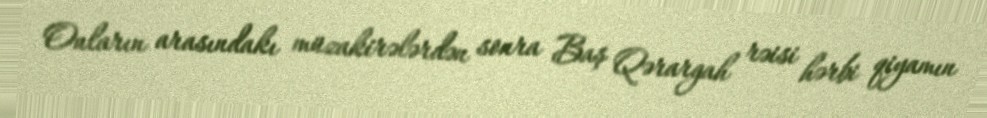
Onların arasındakı müzakirələrdən sonra Baş Qərargah rəisi hərbi qiyamın